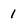
Character: 1